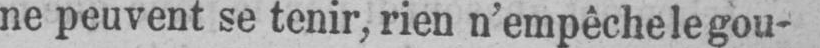
ne peuvent se tenir, rien n’empêche le gou-